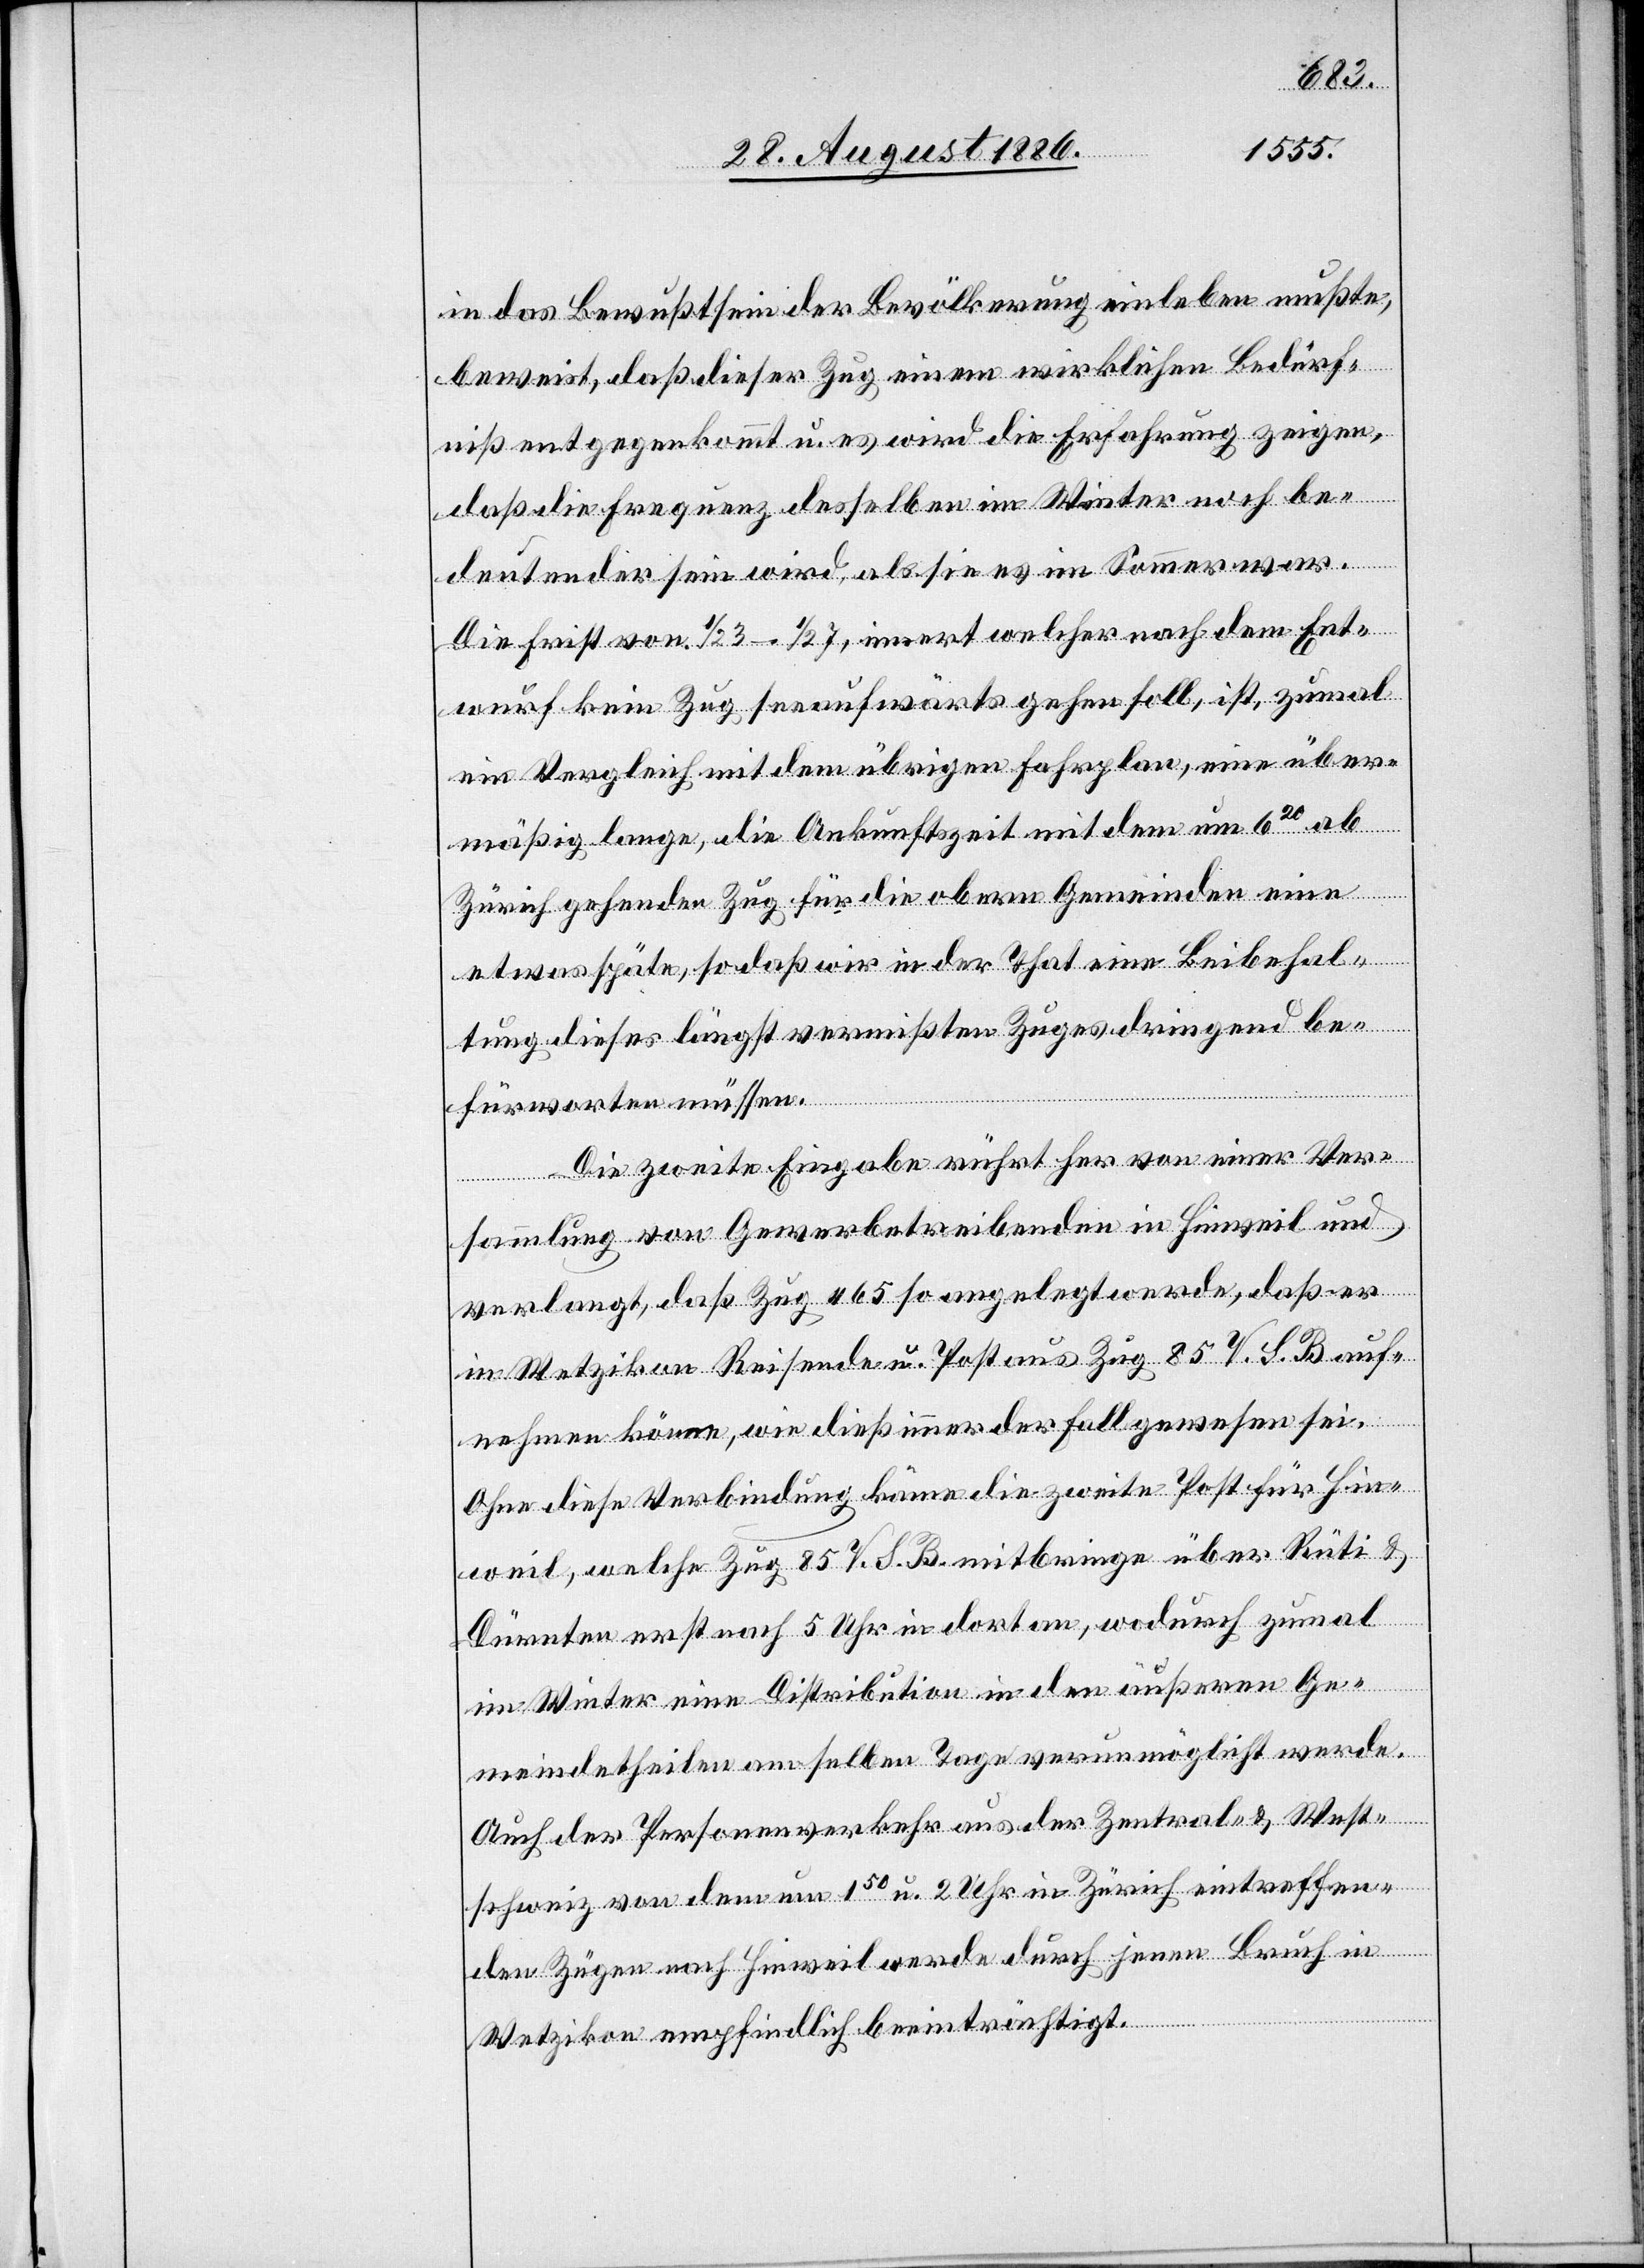
in das Bewußtsein der Bevölkerung einleben mußte,
beweist, daß dieser Zug einem wirklichen Bedürf¬
niß entgegenkommt u. es wird die Erfahrung zeigen,
daß die Frequenz desselben im Winter noch be¬
deutender sein wird, als sie es im Sommer war.
Die Frist von 1/2 3–1/2 7, innert welcher nach dem Ent¬
wurf kein Zug seeaufwärts gehen soll, ist, zumal
im Vergleich mit dem übrigen Fahrplan, eine über¬
mäßig lange, die Ankunftszeit mit dem um 620 ab
Zürich gehenden Zug für die obern Gemeinden eine
etwas späte, so daß wir in der That eine Beibehal¬
tung dieses längst vermißten Zuges dringend be¬
fürworten müssen.
Die zweite Eingabe rührt her von einer Ver¬
sammlung von Gewerbetreibenden in Hinweil und
verlangt, daß Zug 465 so angelegt werde, daß er
in Wetzikon Reisende u. Post aus Zug 85 V. S. B. auf¬
nehmen könne, wie dieß immer der Fall gewesen sei.
Ohne diese Verbindung käme die zweite Post für Hin¬
weil, welche Zug 85 V. S. B. mitbringe über Rüti &
Dürnten erst nach 5 Uhr in dort an, wodurch zumal
im Winter eine Distribution in den äußeren Ge¬
meindetheilen am selben Tage verunmöglicht werde.
Auch der Personenverkehr aus der Zentral- & West¬
schweiz von dem [sic!] um 150 u. 2 Uhr in Zürich eintreffen¬
den Zügen nach Hinweil werde durch jenen Bruch in
Wetzikon empfindlich beeinträchtigt